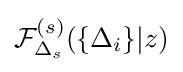
{\mathcal {F}}_{\Delta _{s}}^{(s)}(\{\Delta _{i}\}|z)